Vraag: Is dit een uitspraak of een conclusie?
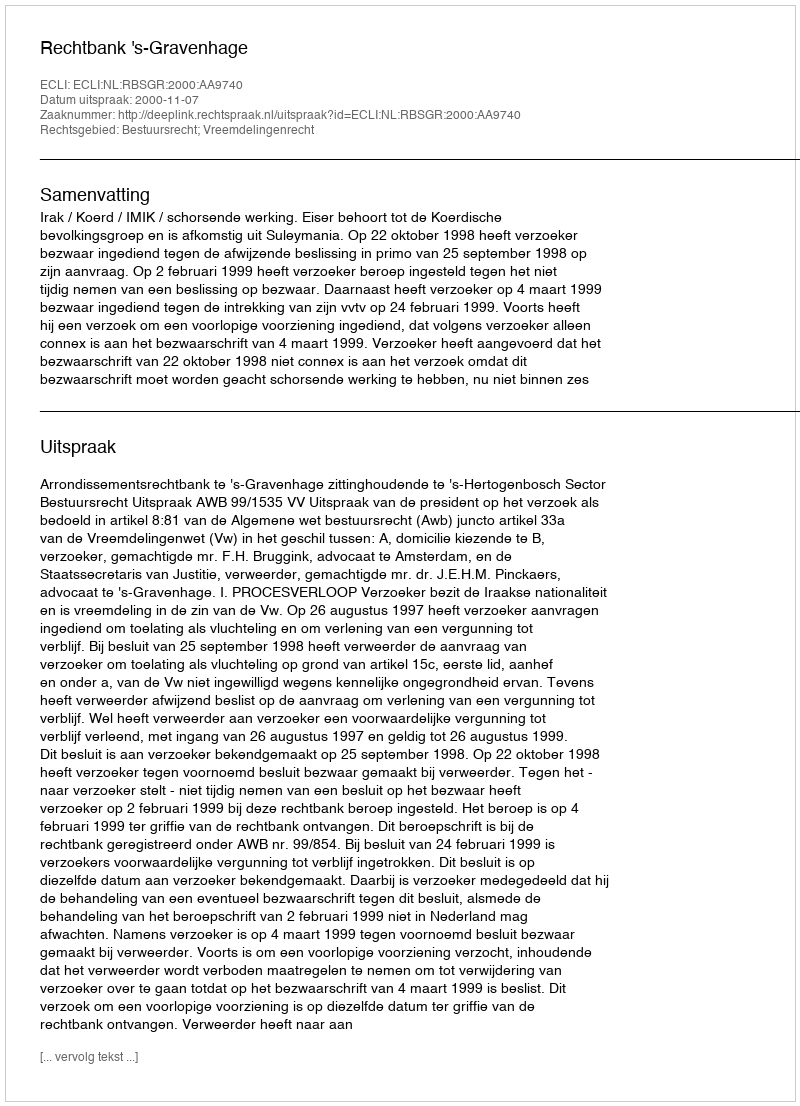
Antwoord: Uitspraak